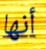
أنها